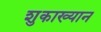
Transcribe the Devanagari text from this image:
शुकाख्यान